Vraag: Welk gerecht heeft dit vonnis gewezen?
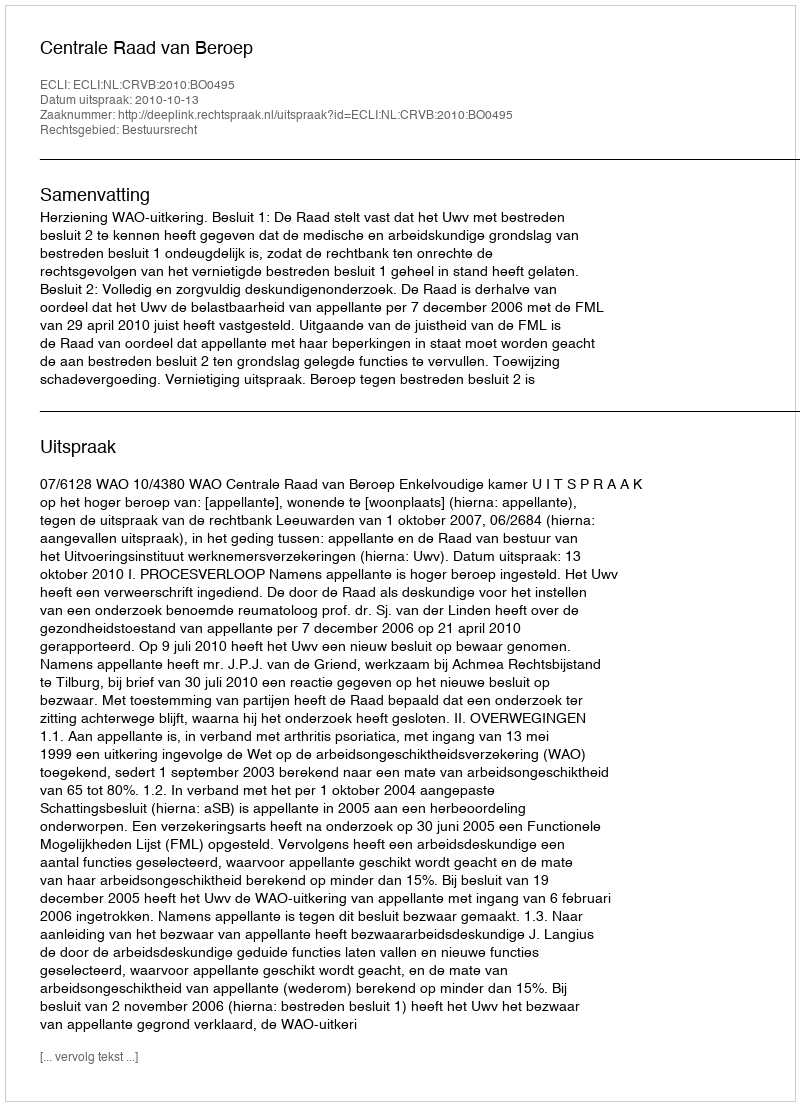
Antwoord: Centrale Raad van Beroep